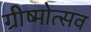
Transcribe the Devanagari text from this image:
ग्रीष्मोत्सव